Lunatic asylums Punjab 1868-1880 - 1868-1880
Year: 1868
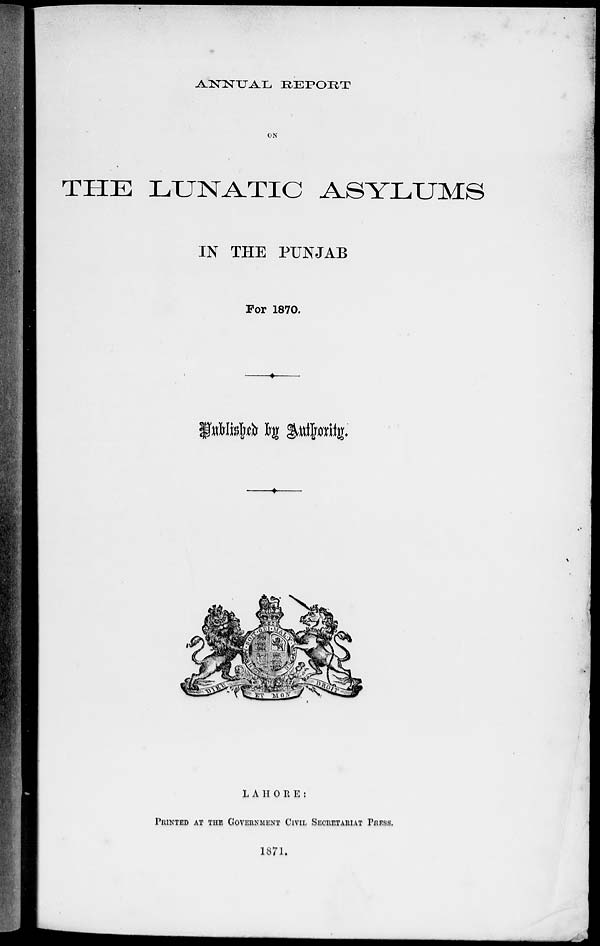
ANNUAL REPORT
ON
THE LUNATIC ASYLUMS
IN THE PUNJAB
For 1870.
Published by Authority.
LAHORE :
PRINTED AT THE GOVERNMENT CIVIL SECRETARIAT PRESS.
1871.